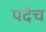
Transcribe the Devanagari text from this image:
पदेच